Jaan_Tonisson_(Lasteleht), lk 301
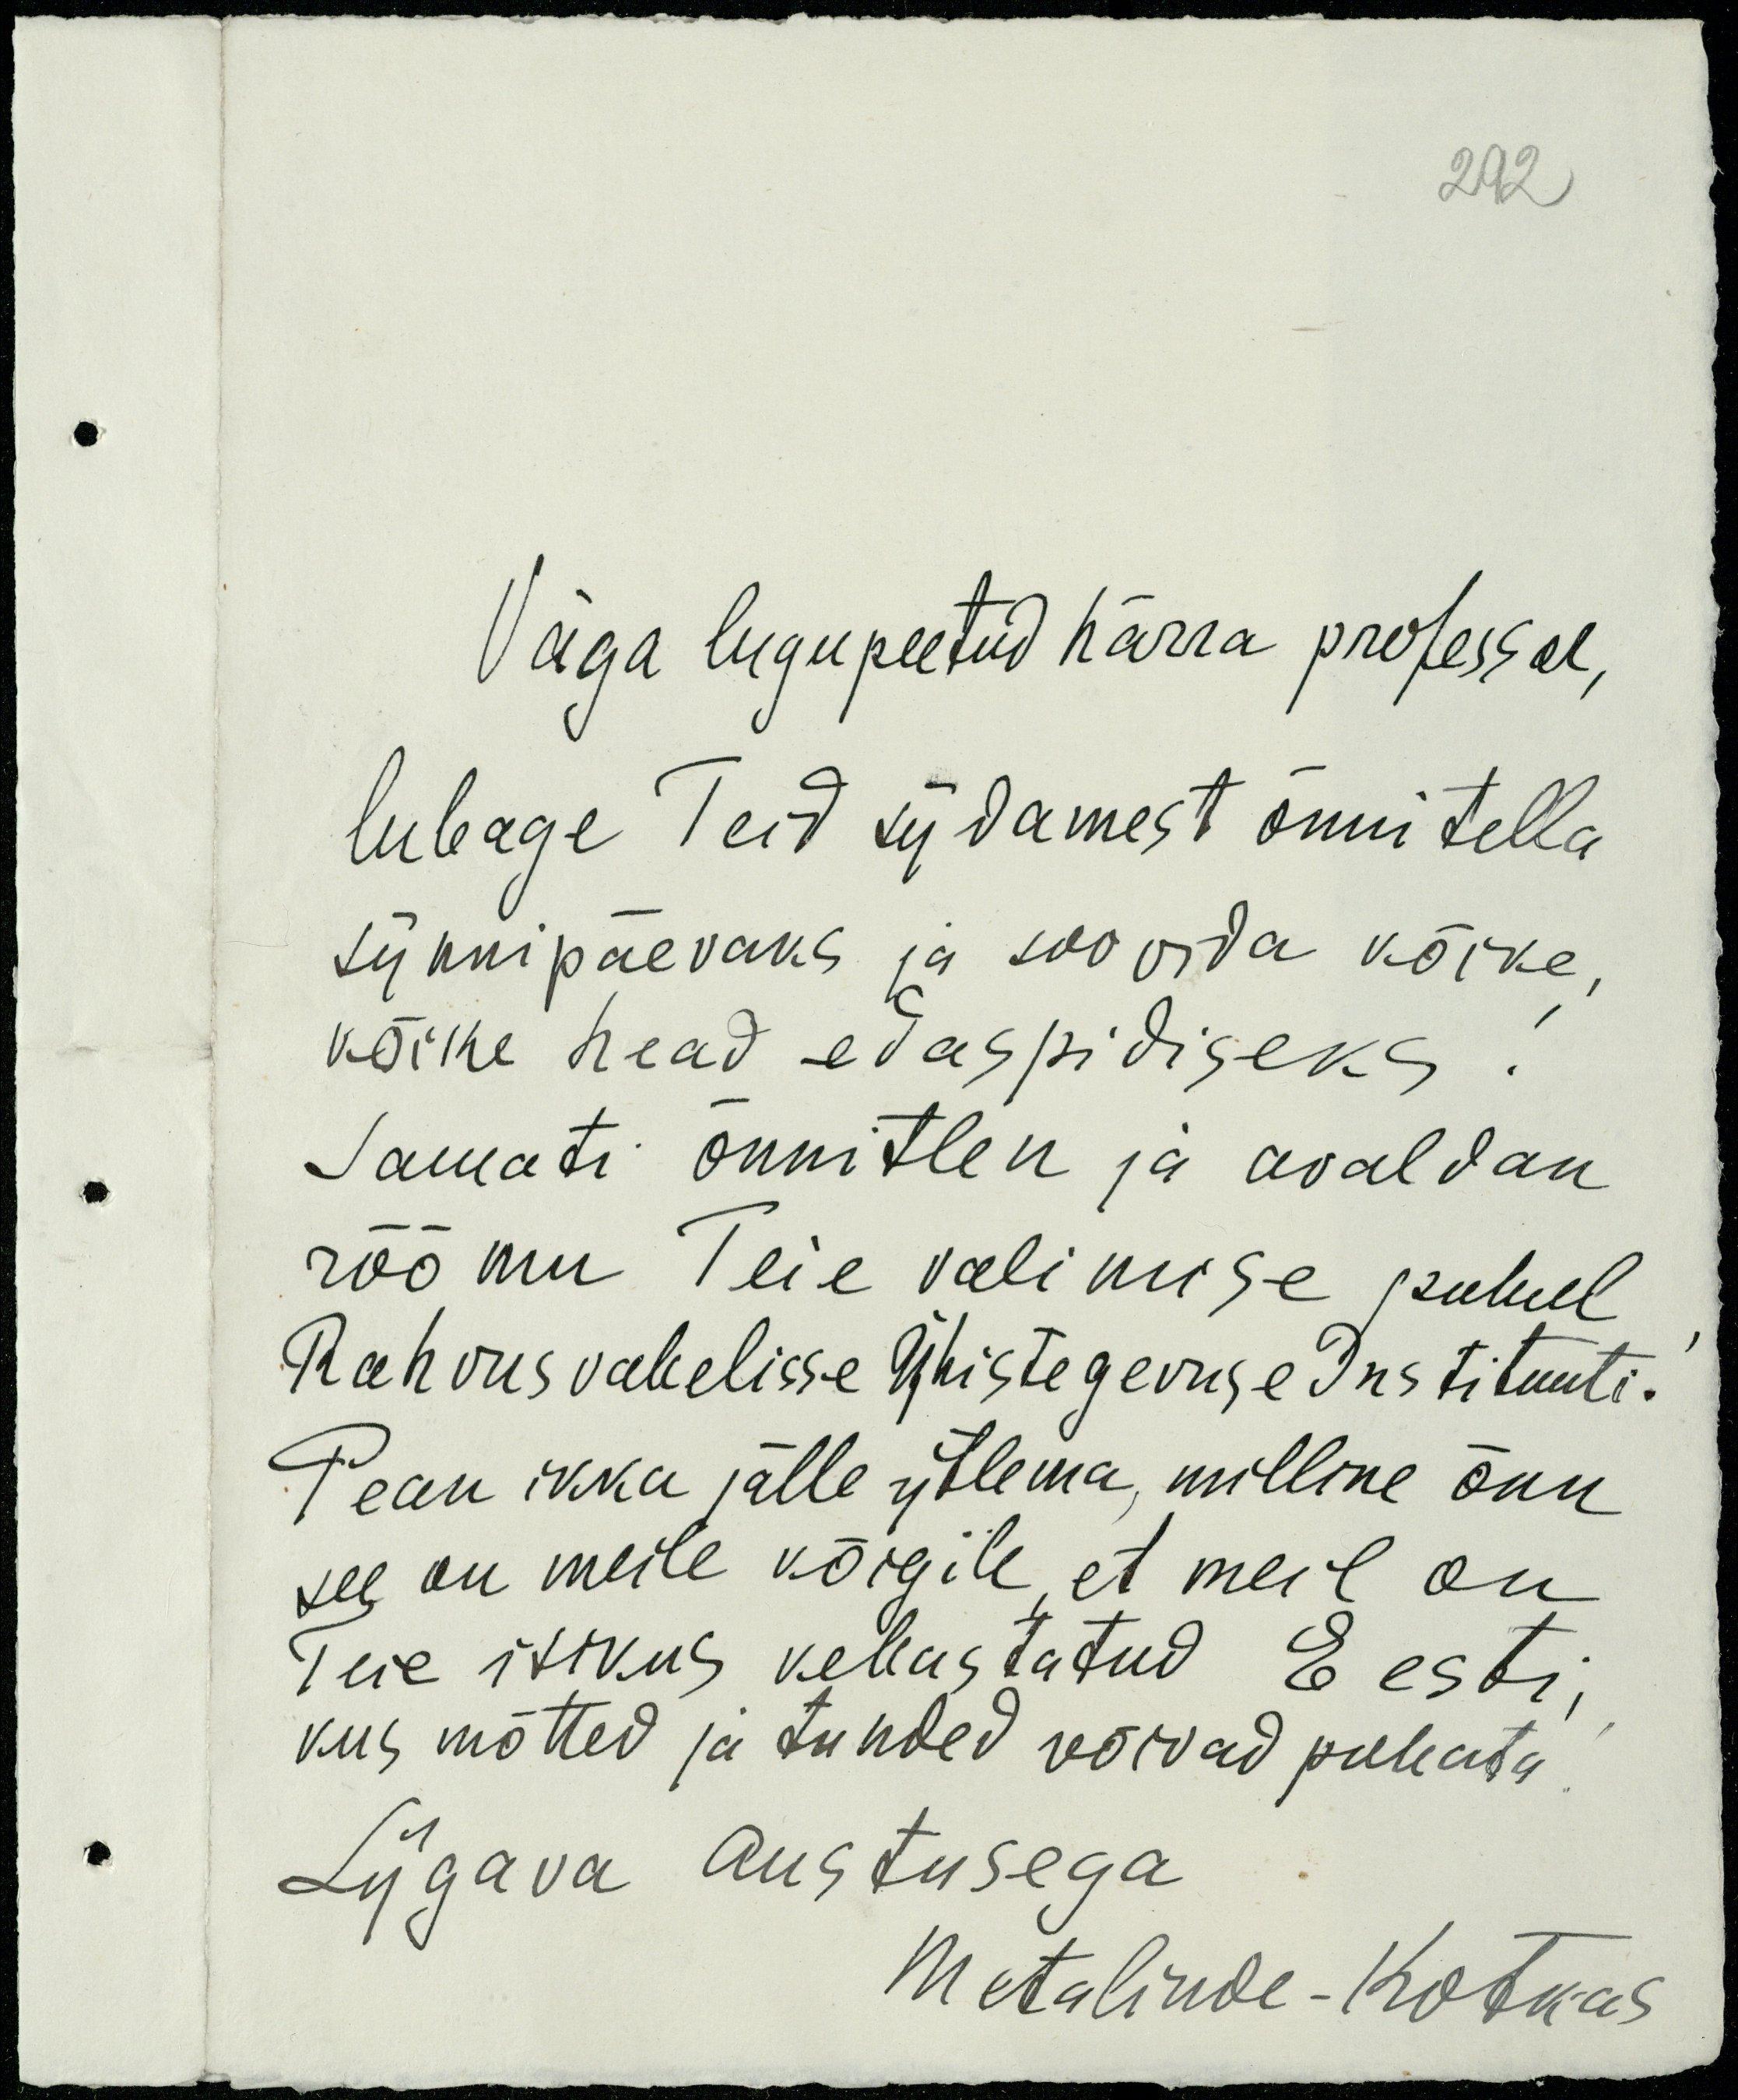
292

Väga lugupeetud härra professor,
lubage Teid südamest õnnitella
sünnipäevaks ja soovida kõike,
kõike head edaspidiseks
Samati õnnitlen ja avaldan
rõõmu Teie valimise puhul,
Rahvusvahelisse Ühistegevuse Instituuti.
Pean ikka jälle ütlema, milline õnn
see on meile kõigile, et meil on
Teie isikus kehastatud Eesti,
kus mõtted ja tunded võivad puhata
Sügava austusega
Metalinde-Kotkas